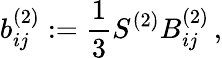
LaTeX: b_{ij}^{(2)}:=\frac{1}{3}S^{(2)}B_{ij}^{(2)}\, ,